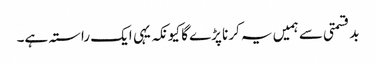
بدقسمتی سے ہمیں یہ کرنا پڑے گا کیونکہ یہی ایک راستہ ہے۔